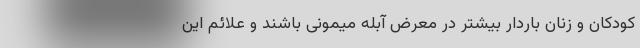
کودکان و زنان باردار بیشتر در معرض آبله میمونی باشند و علائم این